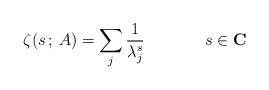
LaTeX: \begin{align*}\zeta(s\,;\,A)=\sum_j\frac{1}{\lambda_j^s}{\qquad}\;\;\;\;\;\;s\in{\bf C}\end{align*}